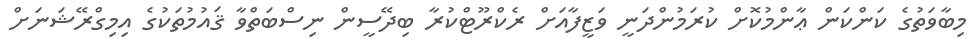
މިބާވަތުގެ ކަންކަން ޢާންމުކޮށް ކުރަމުންދަނީ ވަޒީފާއަށް ރެކްރޫޓްކުރާ ބިދޭސީން ނިސްބަތްވާ ޤައުމުތަކުގެ އިމިގްރޭޝަނަށް